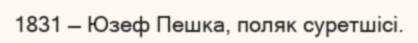
1831 — Юзеф Пешка, поляк суретшісі.